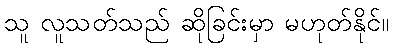
သူ လူသတ်သည် ဆိုခြင်းမှာ မဟုတ်နိုင်။